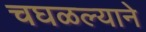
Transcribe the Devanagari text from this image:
चघळल्याने